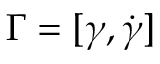
\boldsymbol { \Gamma } = [ \boldsymbol { \gamma } , \dot { \boldsymbol { \gamma } } ]